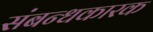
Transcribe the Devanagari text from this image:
संबन्धकारक